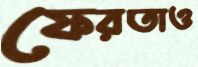
ফেরতাও